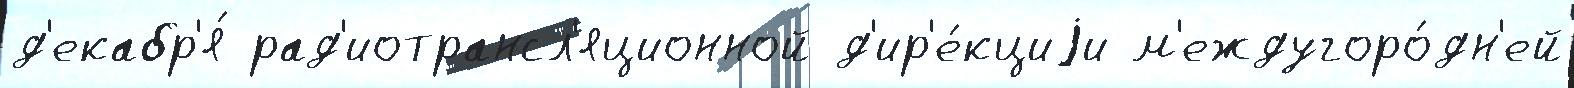
д'екабр'я́ рад'иотрансл'яционной д'ир'е́кциjи м'еждугоро́дн'ей